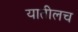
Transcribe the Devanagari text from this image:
यातीलच